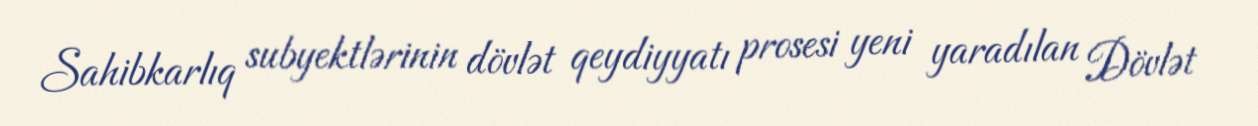
Sahibkarlıq subyektlərinin dövlət qeydiyyatı prosesi yeni yaradılan Dövlət